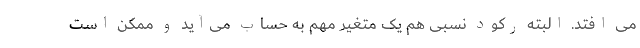
می افتد. البته رکود نسبی هم یک متغیر مهم به حساب می‌آید و ممکن است